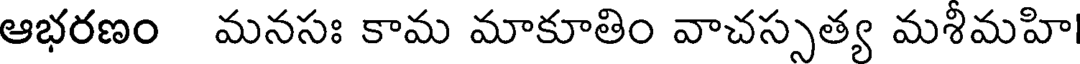
ఆభరణం మనసః కామ మాకూతిం వాచస్సత్య మశీమహి